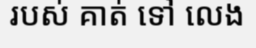
របស់ គាត់ ទៅ លេង